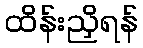
ထိန်းညှိရန်